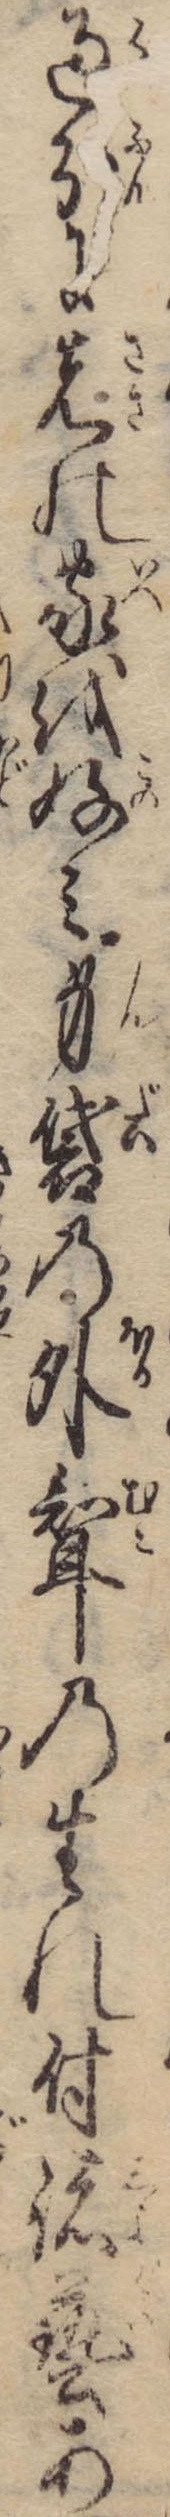
過分に先の家を好み身袋の外婿の生れ付諸芸あ